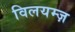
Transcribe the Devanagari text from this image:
विलयम्ज़